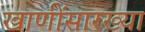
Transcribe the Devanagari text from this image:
खाणींसारख्या